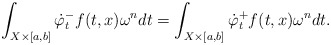
\begin{align*}\int_{X\times [a,b]} \dot{\varphi}^-_t f(t,x)\omega^n dt = \int_{X\times[a,b]} \dot{\varphi}^+_t f(t,x)\omega^n dt.\end{align*}